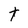
Character: t